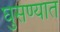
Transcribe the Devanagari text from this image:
घुसण्यात